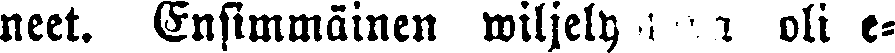
neet. Ensimmäinen wiljelytapa oli e-